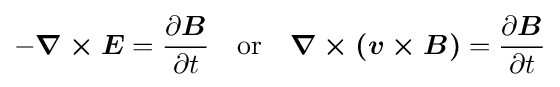
-{\boldsymbol {\nabla \times E}}={\partial {\boldsymbol {B}} \over \partial t}\quad {\rm {or}}\quad {\boldsymbol {\nabla \times (v\times B)}}={\partial {\boldsymbol {B}} \over \partial t}